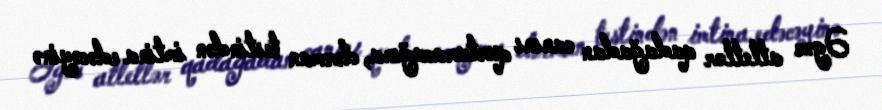
Əgər atletlər qadağadan canını qurtaracağına, dərman testindən imtina edəcəyinə